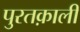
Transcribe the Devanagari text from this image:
पुरतक़ाली